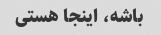
باشه، اینجا هستی